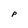
Character: P